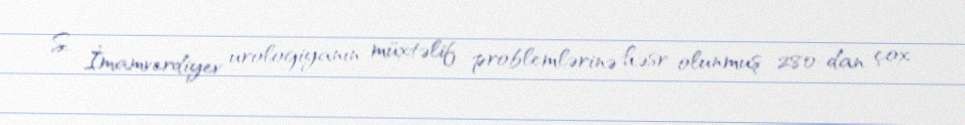
S. İmamverdiyev urologiyanın müxtəlif problemlərinə həsr olunmuş 280-dan çox